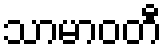
သာမာဝတီ